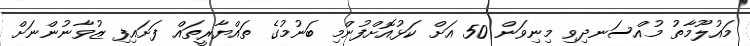
މައުލޫމާތު މުއްސަނދިވި މިނިވަން 50 އަށް ކަޅުއޮށްފުންމި ބަނުމުގެ ތައްޔާރީތައް ފަށައިފި ޒުވާނުންނަށް